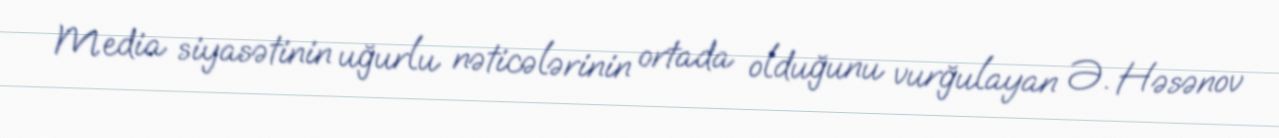
Media siyasətinin uğurlu nəticələrinin ortada olduğunu vurğulayan Ə. Həsənov